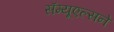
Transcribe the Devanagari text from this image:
सॅम्यूएल्सने